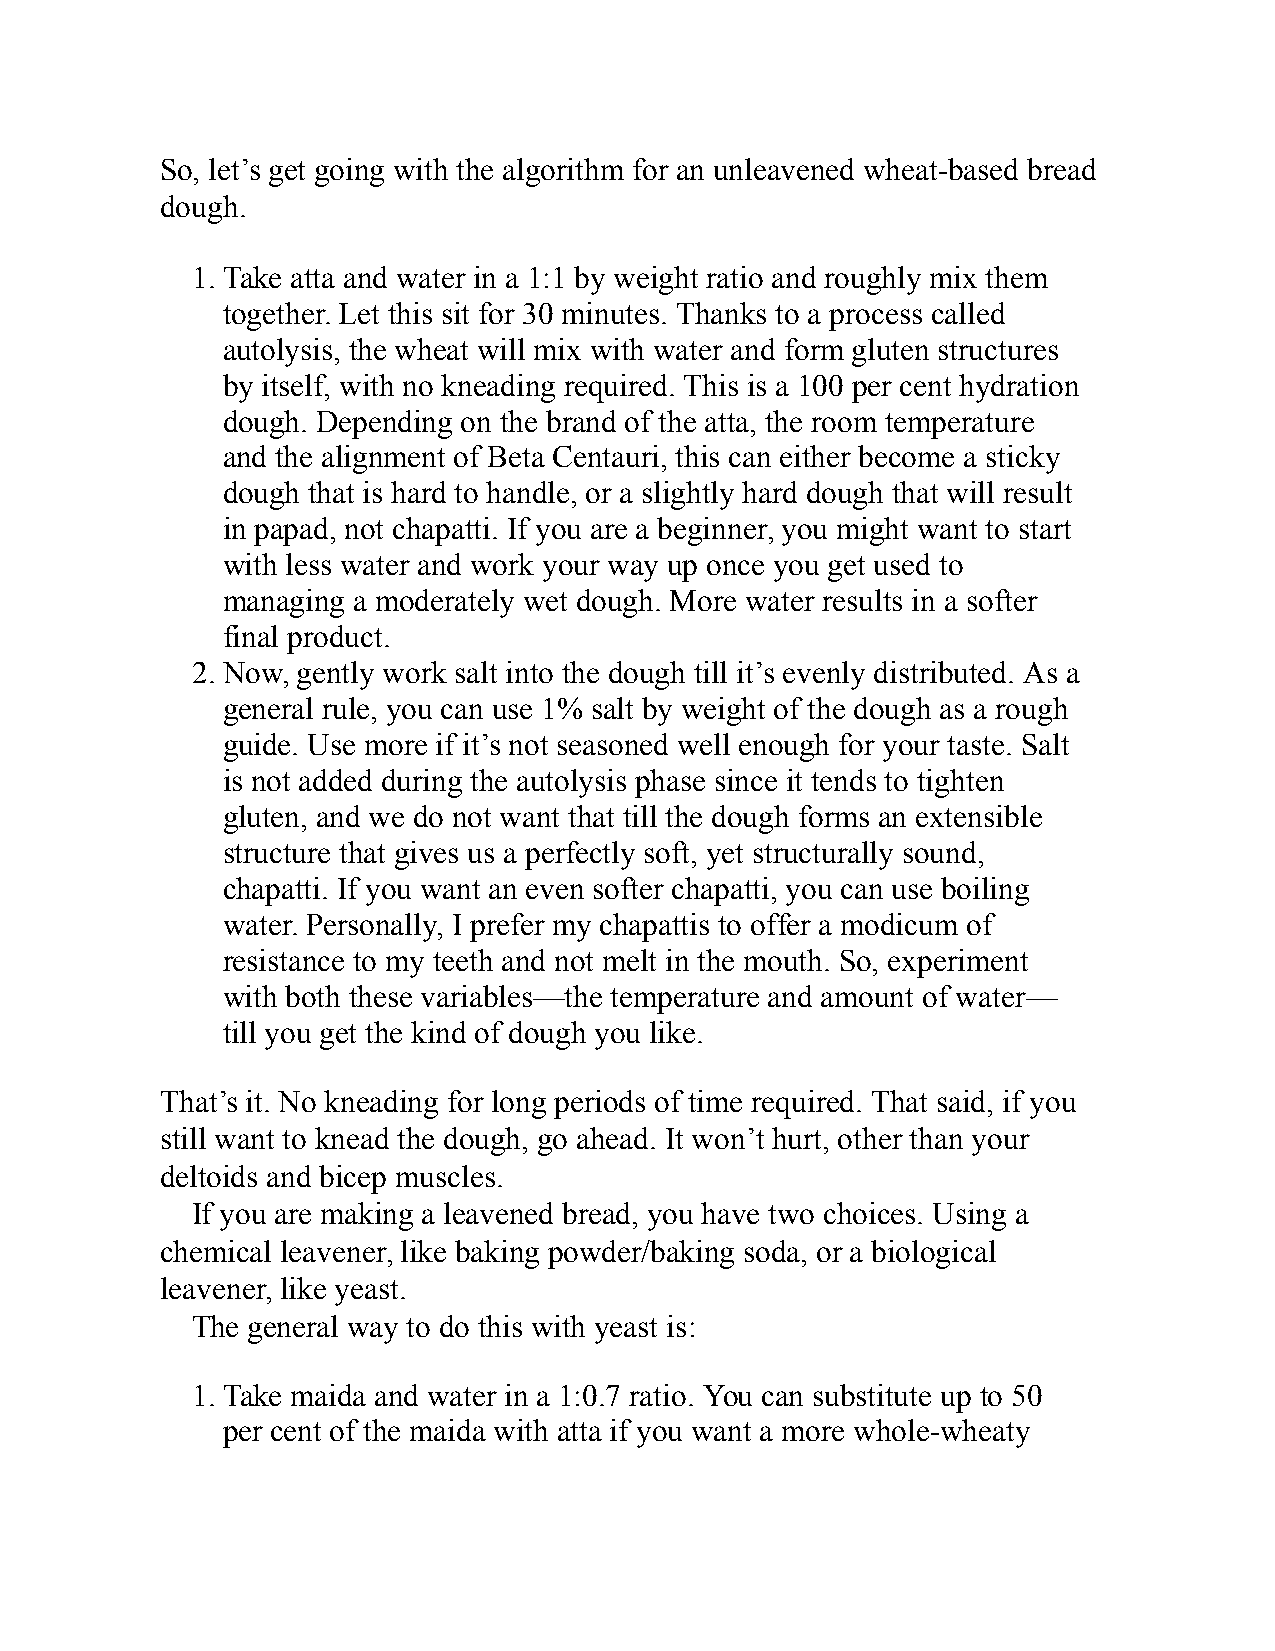
So, let’s get going with the algorithm for an unleavened wheat-based bread
 dough.
 1. Take atta and water in a 1:1 by weight ratio and roughly mix them
 together. Let this sit for 30 minutes. Thanks to a process called
 autolysis, the wheat will mix with water and form gluten structures
 by itself, with no kneading required. This is a 100 per cent hydration
 dough. Depending on the brand of the atta, the room temperature
 and the alignment of Beta Centauri, this can either become a sticky
 dough that is hard to handle, or a slightly hard dough that will result
 in papad, not chapatti. If you are a beginner, you might want to start
 with less water and work your way up once you get used to
 managing a moderately wet dough. More water results in a softer
 final product.
 2. Now, gently work salt into the dough till it’s evenly distributed. As a
 general rule, you can use 1% salt by weight of the dough as a rough
 guide. Use more if it’s not seasoned well enough for your taste. Salt
 is not added during the autolysis phase since it tends to tighten
 gluten, and we do not want that till the dough forms an extensible
 structure that gives us a perfectly soft, yet structurally sound,
 chapatti. If you want an even softer chapatti, you can use boiling
 water. Personally, I prefer my chapattis to offer a modicum of
 resistance to my teeth and not melt in the mouth. So, experiment
 with both these variables—the temperature and amount of water—
 till you get the kind of dough you like.
 That’s it. No kneading for long periods of time required. That said, if you
 still want to knead the dough, go ahead. It won’t hurt, other than your
 deltoids and bicep muscles.
 If you are making a leavened bread, you have two choices. Using a
 chemical leavener, like baking powder/baking soda, or a biological
 leavener, like yeast.
 The general way to do this with yeast is:
 1. Take maida and water in a 1:0.7 ratio. You can substitute up to 50
 per cent of the maida with atta if you want a more whole-wheaty